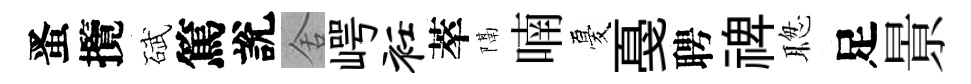
󱉠攬碔篤說舍崿衽萃隔喃憂戞聘禆聦足㬌